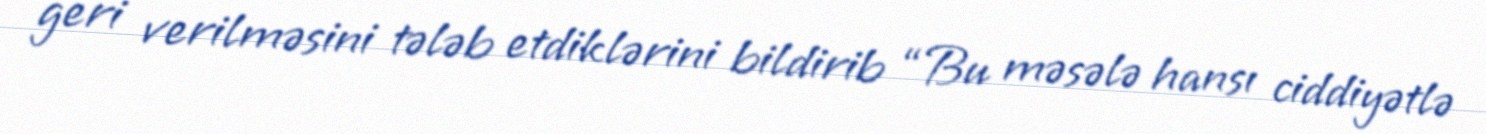
geri verilməsini tələb etdiklərini bildirib “Bu məsələ hansı ciddiyətlə